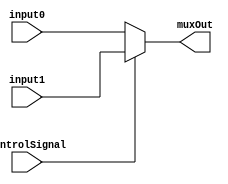
/* regMux module
 *
 * This mux is the same as the other mux, but takes 5 bit inputs. Its only use
 * is to determine which register becomes the Write Register. This register is
 * sent as an output to the registers module. 
 *
 */

module regMux(input controlSignal, input [4:0] input0, input [4:0] input1, output reg [4:0] muxOut);

always @(*)
begin
  if (controlSignal == 0)
    muxOut = input0;
  else
    muxOut = input1;
end

endmodule